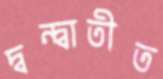
দ্বন্দ্বাতীত